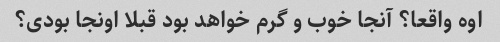
اوه واقعا؟ آنجا خوب و گرم خواهد بود قبلا اونجا بودی؟